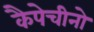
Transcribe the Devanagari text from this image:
कैपेचीनो